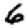
Digit: 6